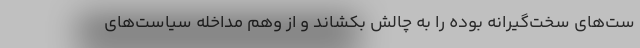
ست‌های سخت‌گیرانه بوده را به چالش بکشاند و از وهم مداخله سیاست‌های